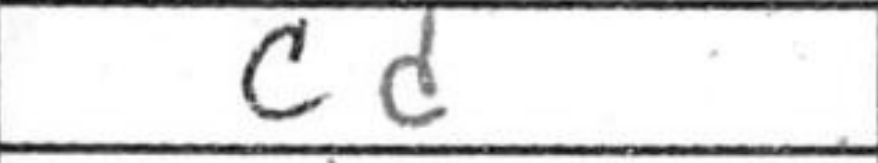
Transcription: cd